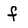
Character: f